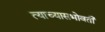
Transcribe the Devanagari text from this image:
त्याच्यासभोवती